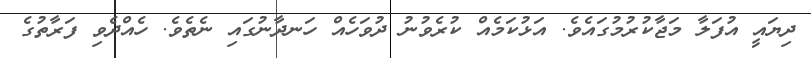
ދިޔައީ އުފަލާ މަޖާކުރުމުގައެވެ. އަޅުކަމެއް ކުރެވުނު ދުވަހެއް ހަނދާނުގައި ނެތެވެ. ހެއްދެވި ފަރާތުގެ